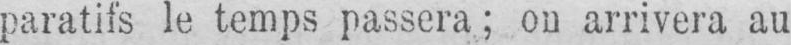
paratifs le temps passera; ou arrivera au